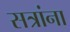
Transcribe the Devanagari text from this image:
सत्रांना